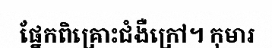
ផ្នែកពិគ្រោះជំងឺក្រៅ។ កុមារ